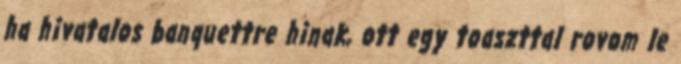
ha hivatalos banquettre hinak, ott egy toaszttal rovom le